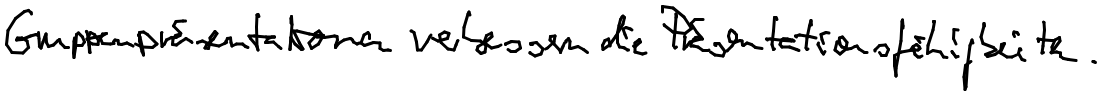
Gruppenpräsentationen verbessern die Präsentationsfähigkeiten.